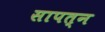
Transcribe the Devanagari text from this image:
सापत्न